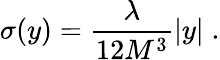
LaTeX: \sigma(y)=\frac{\lambda}{12M^{3}}|y|\; .